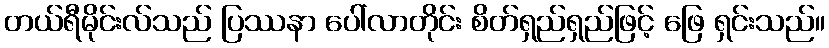
တယ်ရီမိုင်းလ်သည် ပြဿနာ ပေါ်လာတိုင်း စိတ်ရှည်ရှည်ဖြင့် ဖြေ ရှင်းသည်။